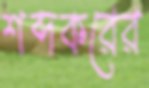
শব্দকরের